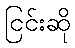
ငြင်းဆို